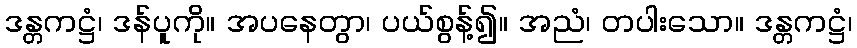
ဒန္တကဋ္ဌံ၊ ဒန်ပူကို။ အပနေတွာ၊ ပယ်စွန့်၍။ အညံ၊ တပါးသော။ ဒန္တကဋ္ဌံ၊